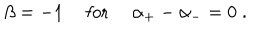
\beta = - 1 \quad \mathrm { ~ f o r ~ } \quad \alpha _ { + } - \alpha _ { - } = 0 \; .